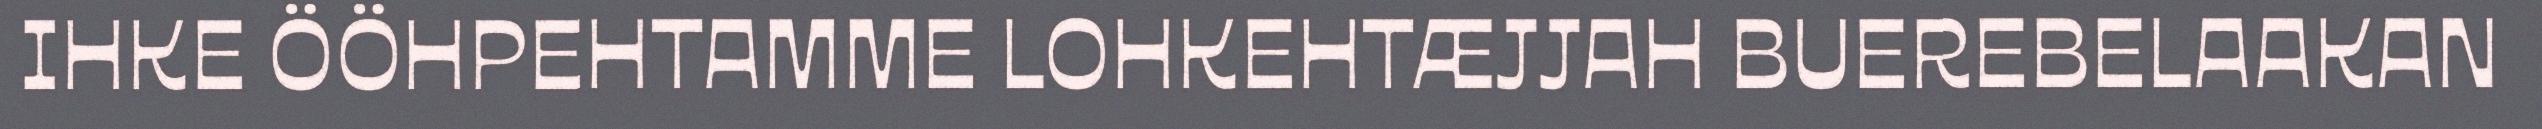
IHKE ÖÖHPEHTAMME LOHKEHTÆJJAH BUEREBELAAKAN